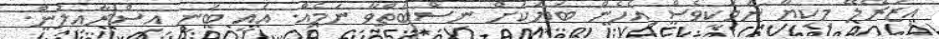
އިޒުރޭލޭ މިކިޔާ ނަމަކީވެސް އެހެން ބަޔަކަށް ނިސްބަތްވާ ނަމެއް. އެއީ ބަނީ އިސްރާއީލުން.